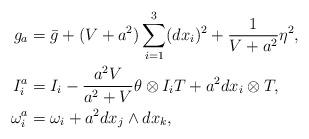
LaTeX: \begin{align*}g_a&=\bar{g} + (V+a^2)\sum_{i=1}^3(dx_i)^2 + \frac{1}{V+a^2}\eta^2,\\ I_i^a&=I_i-\frac{a^2V}{a^2+V}\theta\otimes I_iT + a^2dx_i\otimes T,\\\omega_i^a&=\omega_i + a^2dx_j\wedge dx_k,\end{align*}